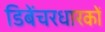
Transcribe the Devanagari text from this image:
डिबेंचरधारकों